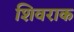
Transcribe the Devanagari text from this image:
शिवराक